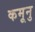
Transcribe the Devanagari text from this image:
कमूनु